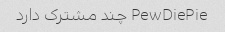
PewDiePie چند مشترک دارد